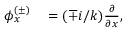
\begin{array} { r l } { \phi _ { x } ^ { ( \pm ) } } & { { } = ( \mp i / k ) \frac { \partial } { \partial x } , } \end{array}